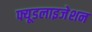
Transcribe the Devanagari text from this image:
फ्यूडलाइजेशन